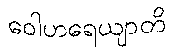
ဝေါဟရေယျာတိ